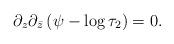
LaTeX: \begin{align*}\partial_z\partial_{\bar{z}} \left(\psi - \log \tau_2\right)=0.\end{align*}